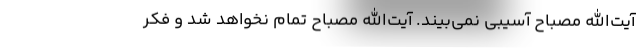
آیت‌الله مصباح آسیبی نمی‌بیند. آیت‌الله مصباح تمام نخواهد شد و فکر